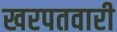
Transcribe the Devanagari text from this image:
खरपतवारी